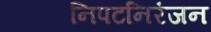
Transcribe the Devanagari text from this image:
निपटनिरंजन